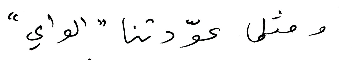
ومثلما عوّدتنا " الواي "